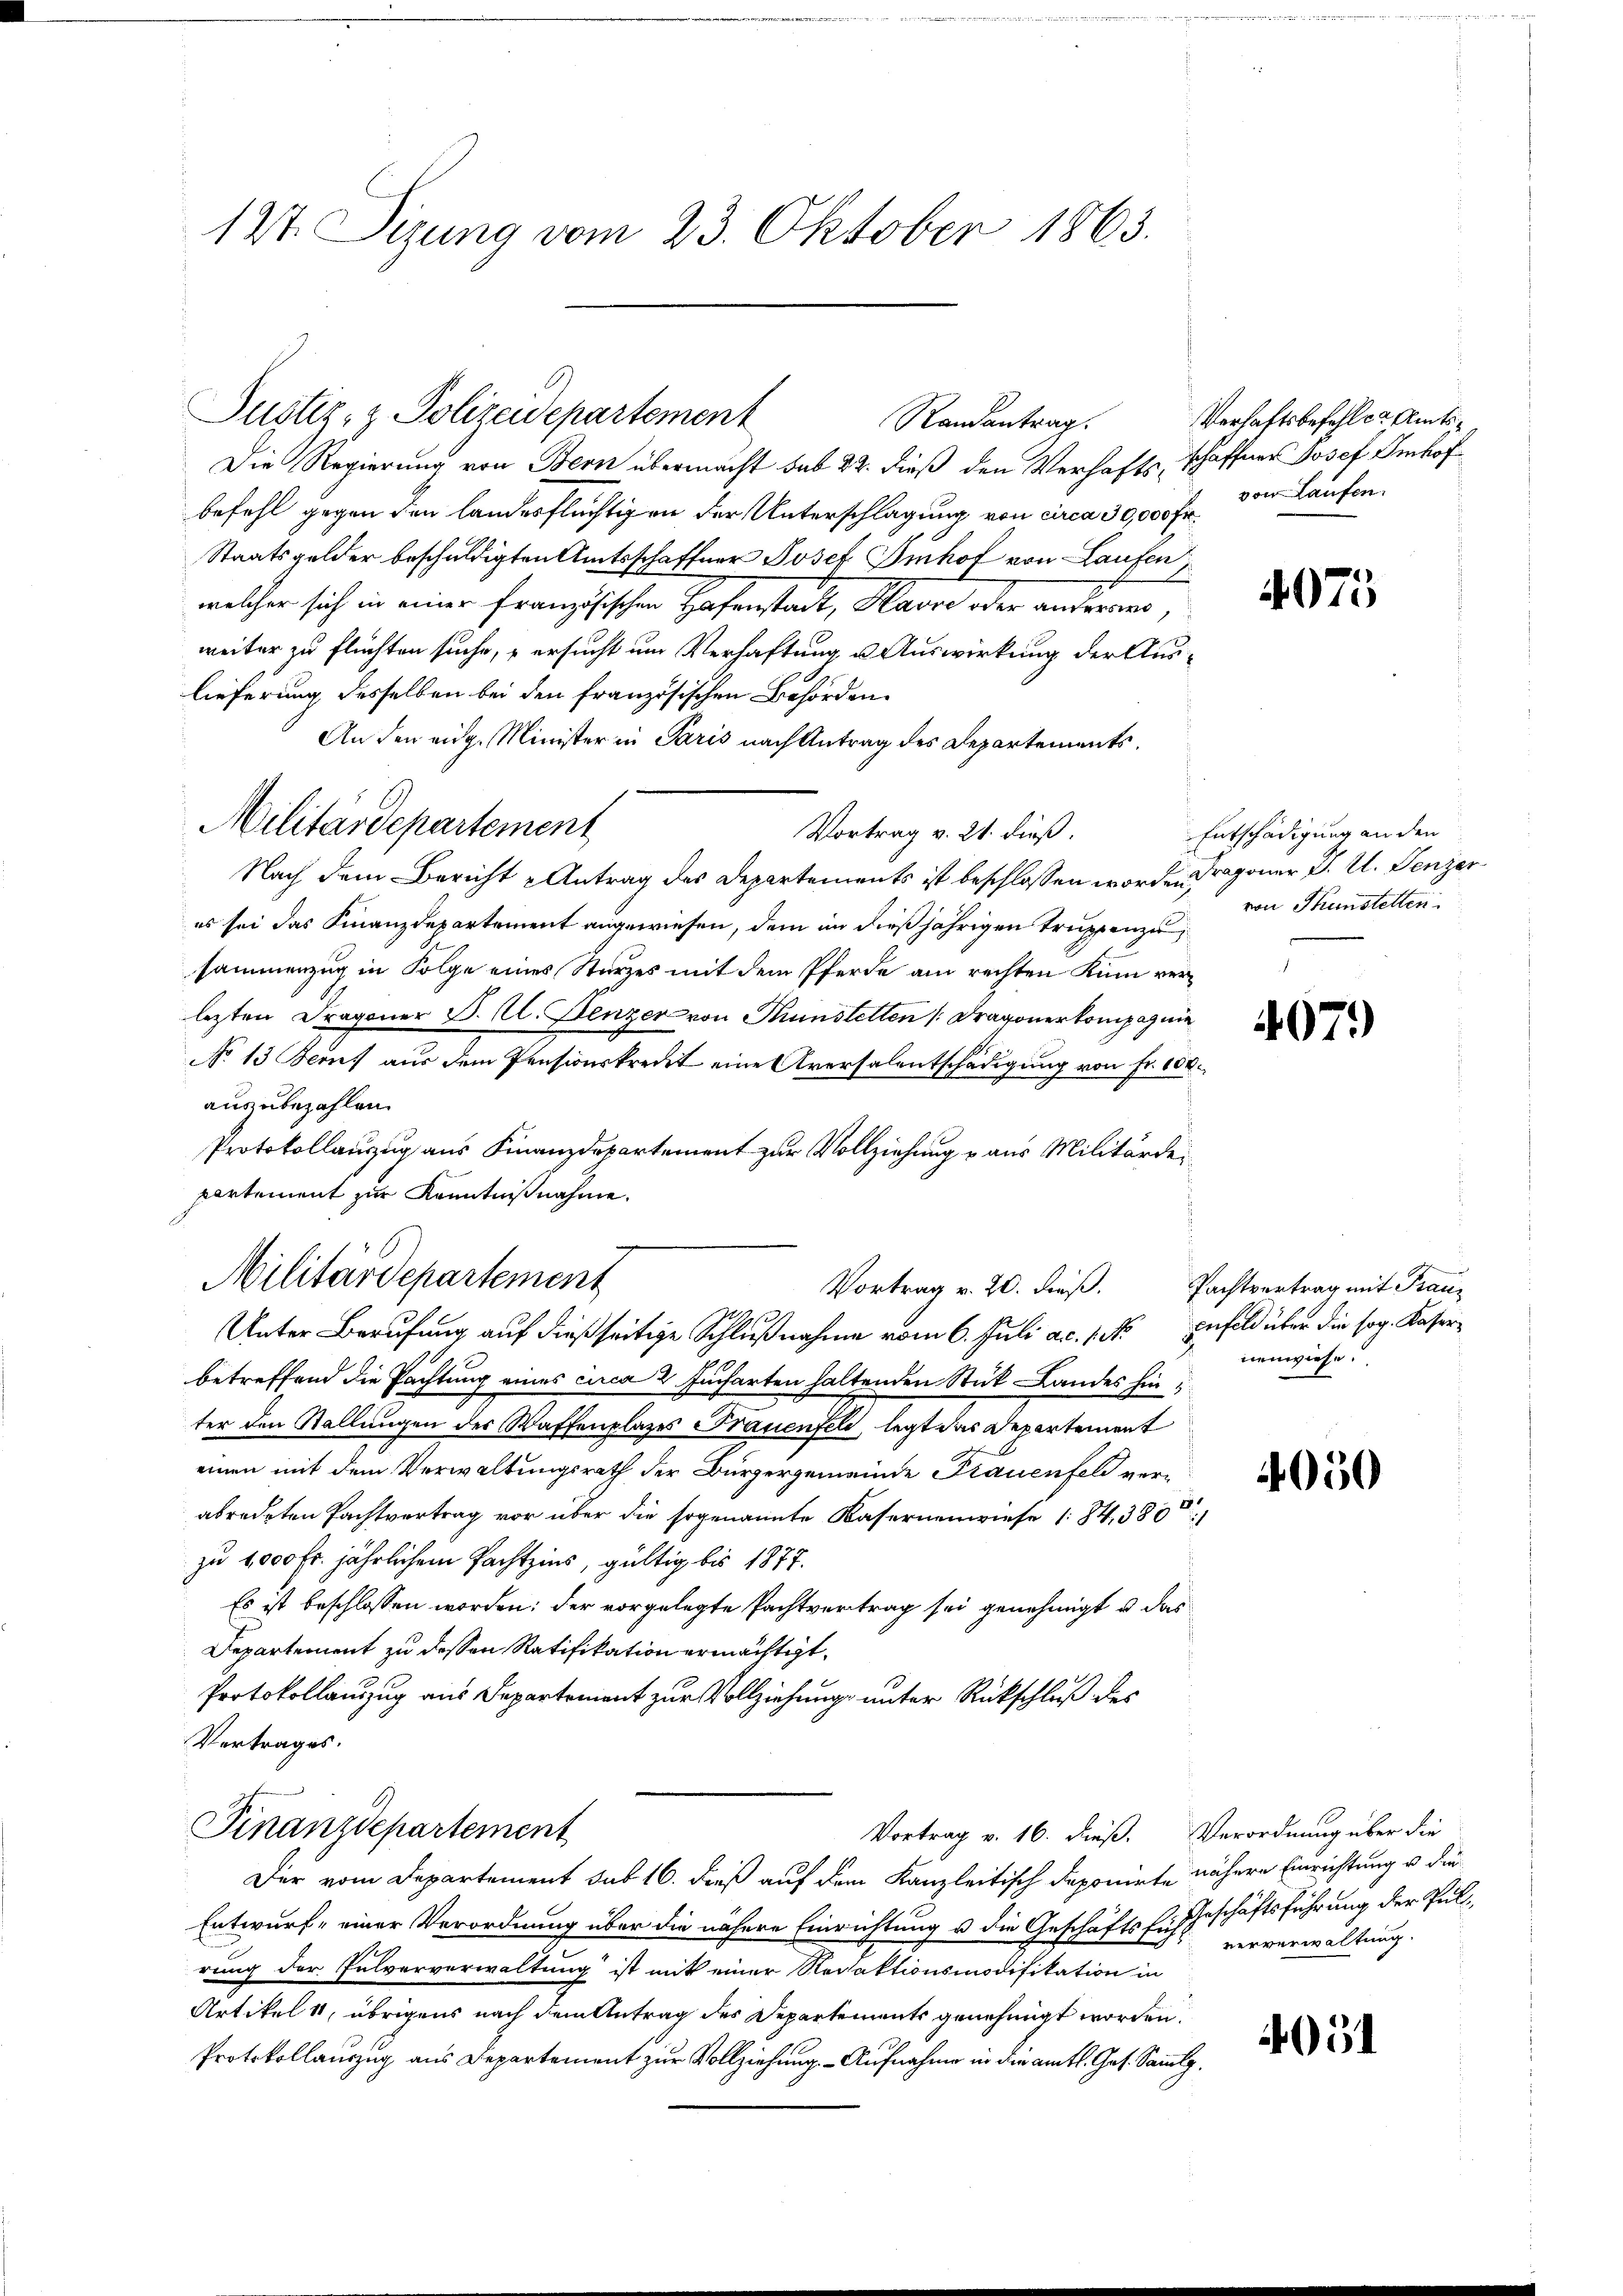
127. Sizung vom 23. Oktober 1863.

Die Regierung von Bern übermacht sub 22. dieß den Verhafts, schaffner Josef Imhof
befehl gegen den landesflüchtigen der Unterschlagung von circa 30,000 Fr.
Staatsgelder beschuldigten Amtsschaffner Josef Smhof von Laufen
welcher sich in einer französischen Hafenstadt, Havre oder anderers,
weiter zu flüchten suche, ersucht um Verhaftung u. Auswirkung der Auslieferung desselben bei den Französischen Behörden.
An den eidg. Minister in Paris nach Antrag des Departements¬
Vortrag v. 21. dieß.
Nach dem Bericht u Antrag des Departements ist beschlossen worden Dragoner J. U. Fenzer
es sei das Finanzdepartement angewiesen, dem in dießjährigen Truppenzusammenzug in Folge eines Sturzes mit dem Pferde am rechten Kum verlezten Dragoner P. C. Denzer von Thunstetten (Dragonerkompagnie
No 13 Seon, aus dem Pensionskreiet eine Aversalentschädigung von Fr. 104.
auszubezahlen.
Protokollauszug aus Finanzdepartement zur Vollziehung u aus Militärdepartement zur Kenntnißnahme.
Militärdepartement
Vortrag v. 20. dieß. Pachtvertrag mit Frau-
Unter Berufung auf dießseitige Schlußnahme vom 6. Juli a.c. s. infeld über die sog. Kaser
betreffend die Pachtung eines circa 2 Jucharten haltenden Stück Landes hin
ter den Stallungen der Waffenplazes Frauenfeld, legt das Departement
einen mit dem Verwaltungsrath der Bürgergemeinde Frauenfeld verabredeten Pachtvertrag vor über die sogenannte Kasernenwiese 184, 380
zu 1000 fr. jährlichem Pachtzins, gültig bis 1877.
Es ist beschlossen worden: der vorgelegte Pachtvertrag sei genehmigt u. das
Departement zu dessen Ratifikation ermächtigt,
Protokollauszug aus Departement zur Vollziehung unter Rückschluß des
Vertrages.
Finanzdepartement
Vortrag v. 16. dieß. Verordnung über die
Der vom Departement sub 16. dieß auf dem Kanzleitisch deponirte nähere Einrichtung u. die¬
Entwurf einer Verordnung über die nähere Einrichtung u die Geschäfts Ausgeschäftsführung der Pulrung der Pulververwaltung ist mit einer Rechaktionsmodifikation in
Artikel 1, übrigens nach dem Antrag des Departements genehmigt worden.
Protokollauszug aus Departement zur Vollziehung. - Aufnahme in die amtl. Ges. Sammlg

Justiz- & Polizeidepartement

Militärdepartement

Randantrag.

Verhaftsbefehlen Amtsvon Laufen.

4075

Entschädigung an den
von Thunstetten.

407.

nenwiese.

4050

ververwaltung.

.